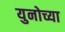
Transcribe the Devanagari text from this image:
युनोच्या